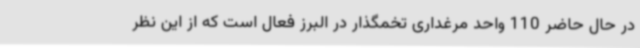
در حال حاضر 110 واحد مرغداری تخمگذار در البرز فعال است که از این نظر